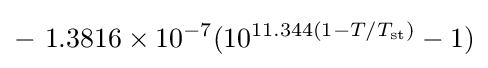
-\ 1.3816\times 10^{-7}(10^{11.344(1-T/T_{\mathrm {st} })}-1)